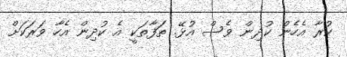
ކުރާ އެހެން ކުދިން ވެސް އުޅޭ. ތަފާތަކީ އެ ކުދިން އެހާ ވަރަކަށް